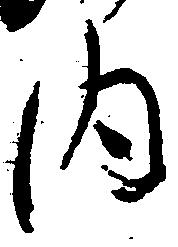
内